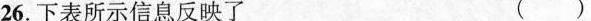
26.下表所示信息反映了 （）